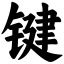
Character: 键